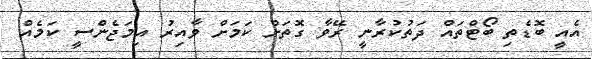
އެއީ ބޮޑެތި ބޯޓްތައް ދަތުކުރާނީ ރޭވާ ގޮތަށް ކަމަށް ވާއިރު އިމަޖެންސީ ކަމެއް